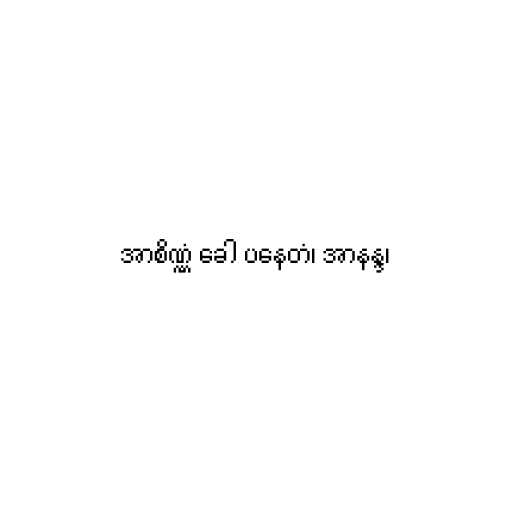
အာစိဏ္ဏံ ခေါ ပနေတံ၊ အာနန္ဒ၊